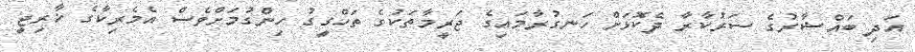
އަދި ބައްޝާރުގެ ސަރުކާރާ ދެކޮޅަށް ހަނގުރާމައިގެ ޖަރީމާތަކުގެ ތަހްގީގު ހިންގުމަށްވެސް އެމެރިކާގެ ޚާރިޖީ